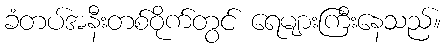
ခံတပ်အနီးတစ်ဝိုက်တွင် ရေများကြီးနေသည်။